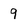
Character: 9